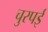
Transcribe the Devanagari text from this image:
चुरपई